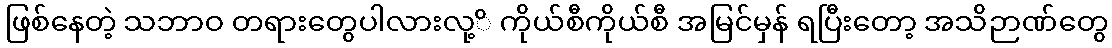
ဖြစ်နေတဲ့ သဘာဝ တရားတွေပါလားလု့ိ ကိုယ်စီကိုယ်စီ အမြင်မှန် ရပြီးတော့ အသိဉာဏ်တွေ